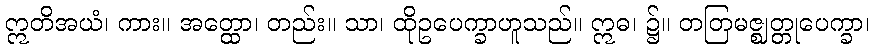
ဣတိအယံ၊ ကား။ အတ္ထော၊ တည်း။ သာ၊ ထိုဥပေက္ခာဟူသည်။ ဣဓ၊ ၌။ တတြမဇ္ဈတ္တုပေက္ခာ၊